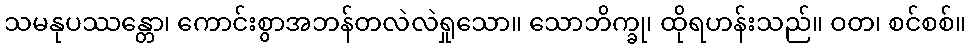
သမနုပဿန္တော၊ ကောင်းစွာအဘန်တလဲလဲရှုသော။ သောဘိက္ခု၊ ထိုရဟန်းသည်။ ဝတ၊ စင်စစ်။